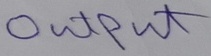
Text: OUTPUT